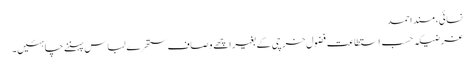
نسائی، مسند احمد
غرضیکہ حسب استطاعت فضول خرچی کے بغیر اچھے وصاف ستھرے لباس پہننے چاہئیں۔